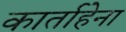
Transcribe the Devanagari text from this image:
कार्ताहेना